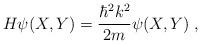
LaTeX: \begin{align*}H\psi (X,Y) = \frac{\hbar^2 k^2}{2m} \psi(X,Y) \;,\end{align*}